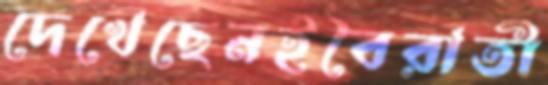
দেখেছেনইবৈরাতী